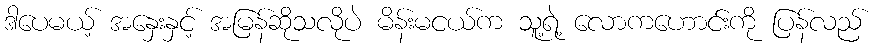
ဒါပေမယ့် အနှေးနှင့် အမြန်ဆိုသလိုပဲ မိန်းမငယ်က သူ့ရဲ့ လောကဟောင်းကို ပြန်လည်